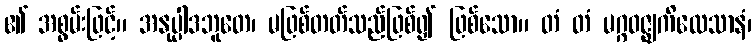
၏ အစွမ်းဖြင့်။ အနုပ္ပါဒဘူတေ၊ မဖြစ်တတ်သည်ဖြစ်၍ ဖြစ်သော။ တံ တံ မဂ္ဂဝဇ္ဈကိလေသာနံ၊